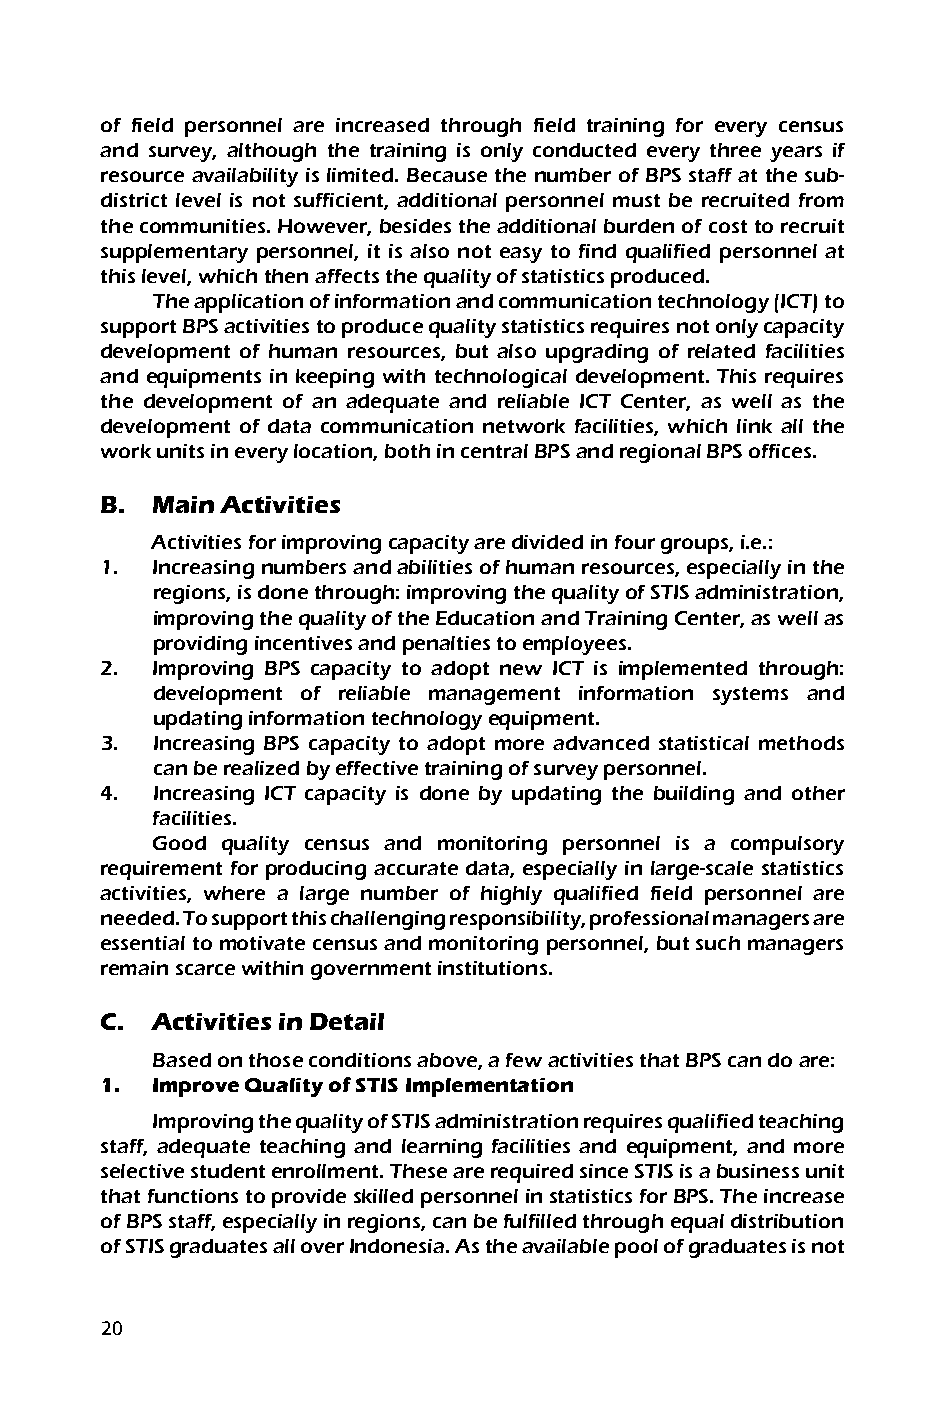
of field personnel are increased through field training for every census
 and survey, although the training is only conducted every three years if
 resource availability is limited. Because the number of BPS staff at the sub-
 district level is not sufficient, additional personnel must be recruited from
 the communities. However, besides the additional burden of cost to recruit
 supplementary personnel, it is also not easy to find qualified personnel at
 this level, which then affects the quality of statistics produced.
 The application of information and communication technology (ICT) to
 support BPS activities to produce quality statistics requires not only capacity
 development of human resources, but also upgrading of related facilities
 and equipments in keeping with technological development. This requires
 the development of an adequate and reliable ICT Center, as well as the
 development of data communication network facilities, which link all the
 work units in every location, both in central BPS and regional BPS offices.
 B. Main Activities
 Activities for improving capacity are divided in four groups, i.e.:
 1. Increasing numbers and abilities of human resources, especially in the
 regions, is done through: improving the quality of STIS administration,
 improving the quality of the Education and Training Center, as well as
 providing incentives and penalties to employees.
 2. Improving BPS capacity to adopt new ICT is implemented through:
 development of reliable management information systems and
 updating information technology equipment.
 3. Increasing BPS capacity to adopt more advanced statistical methods
 can be realized by effective training of survey personnel.
 4. Increasing ICT capacity is done by updating the building and other
 facilities.
 Good quality census and monitoring personnel is a compulsory
 requirement for producing accurate data, especially in large-scale statistics
 activities, where a large number of highly qualified field personnel are
 needed. To support this challenging responsibility, professional managers are
 essential to motivate census and monitoring personnel, but such managers
 remain scarce within government institutions.
 C. Activities in Detail
 Based on those conditions above, a few activities that BPS can do are:
 1. Improve Quality of STIS Implementation
 Improving the quality of STIS administration requires qualified teaching
 staff, adequate teaching and learning facilities and equipment, and more
 selective student enrollment. These are required since STIS is a business unit
 that functions to provide skilled personnel in statistics for BPS. The increase
 of BPS staff, especially in regions, can be fulfilled through equal distribution
 of STIS graduates all over Indonesia. As the available pool of graduates is not
 0